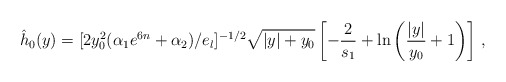
\begin{align*}\hat{h}_0(y) = [2y_0^2(\alpha_1 e^{6n} +\alpha_2)/e_l]^{-1/2}\sqrt{|y|+y_0} \left[-{2\over s_1} + \ln\left( {|y| \over y_0}+1\right)\right]\,,\end{align*}